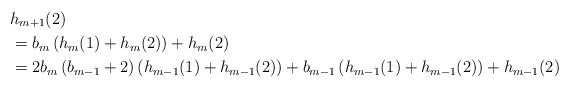
LaTeX: \begin{align*}&h_{m+1}(2) \\ & = b_m\left(h_m(1) + h_m(2)\right) + h_m(2) \\& = 2b_m\left(b_{m-1} + 2\right)\left(h_{m-1}(1) + h_{m-1}(2)\right) + b_{m-1}\left(h_{m-1}(1) + h_{m-1}(2)\right) + h_{m-1}(2) \\\end{align*}